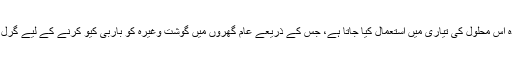
: یہ بہت تیز کیمیائی مادہ اس محلول کی تیاری میں استعمال کیا جاتا ہے، جس کے ذریعے عام گھروں میں گوشت وغیرہ کو باربی کیو کرنے کے لیے گرِل میں آگ لگائی جاتی ہے۔